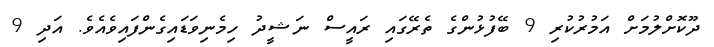
ދޫކޮށްލުމަށް އަމުރުކުރި 9 ބޭފުޅުންގެ ތެރޭގައި ރައީސް ނަޝީދު ހިމެނިވަޑައިގެންފައިވެއެވެ. އަދި 9